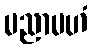
မညာမဟံ